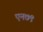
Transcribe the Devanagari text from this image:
एन७९